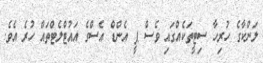
ލަންކާގެ ހުރިހާ ސިޓީތަކެއްގައި ވެސް ޕީ އެންޑް އެސްގެ އައުޓްލެޓްތައް ހުރެ އެވެ.